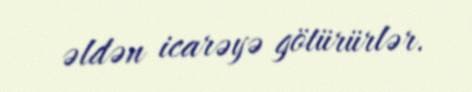
əldən icarəyə götürürlər.